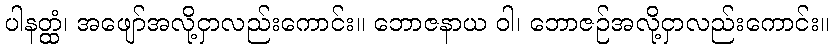
ပါနတ္ထံ၊ အဖျော်အလို့ငှာလည်းကောင်း။ ဘောဇနာယ ဝါ၊ ဘောဇဉ်အလို့ငှာလည်းကောင်း။